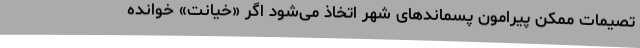
تصیمات ممکن پیرامون پسماندهای شهر اتخاذ می‌شود اگر «خیانت» خوانده